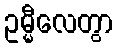
ဥမ္မီလေတွာ